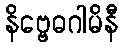
နိဗ္ဗေဓဂါမိနီ